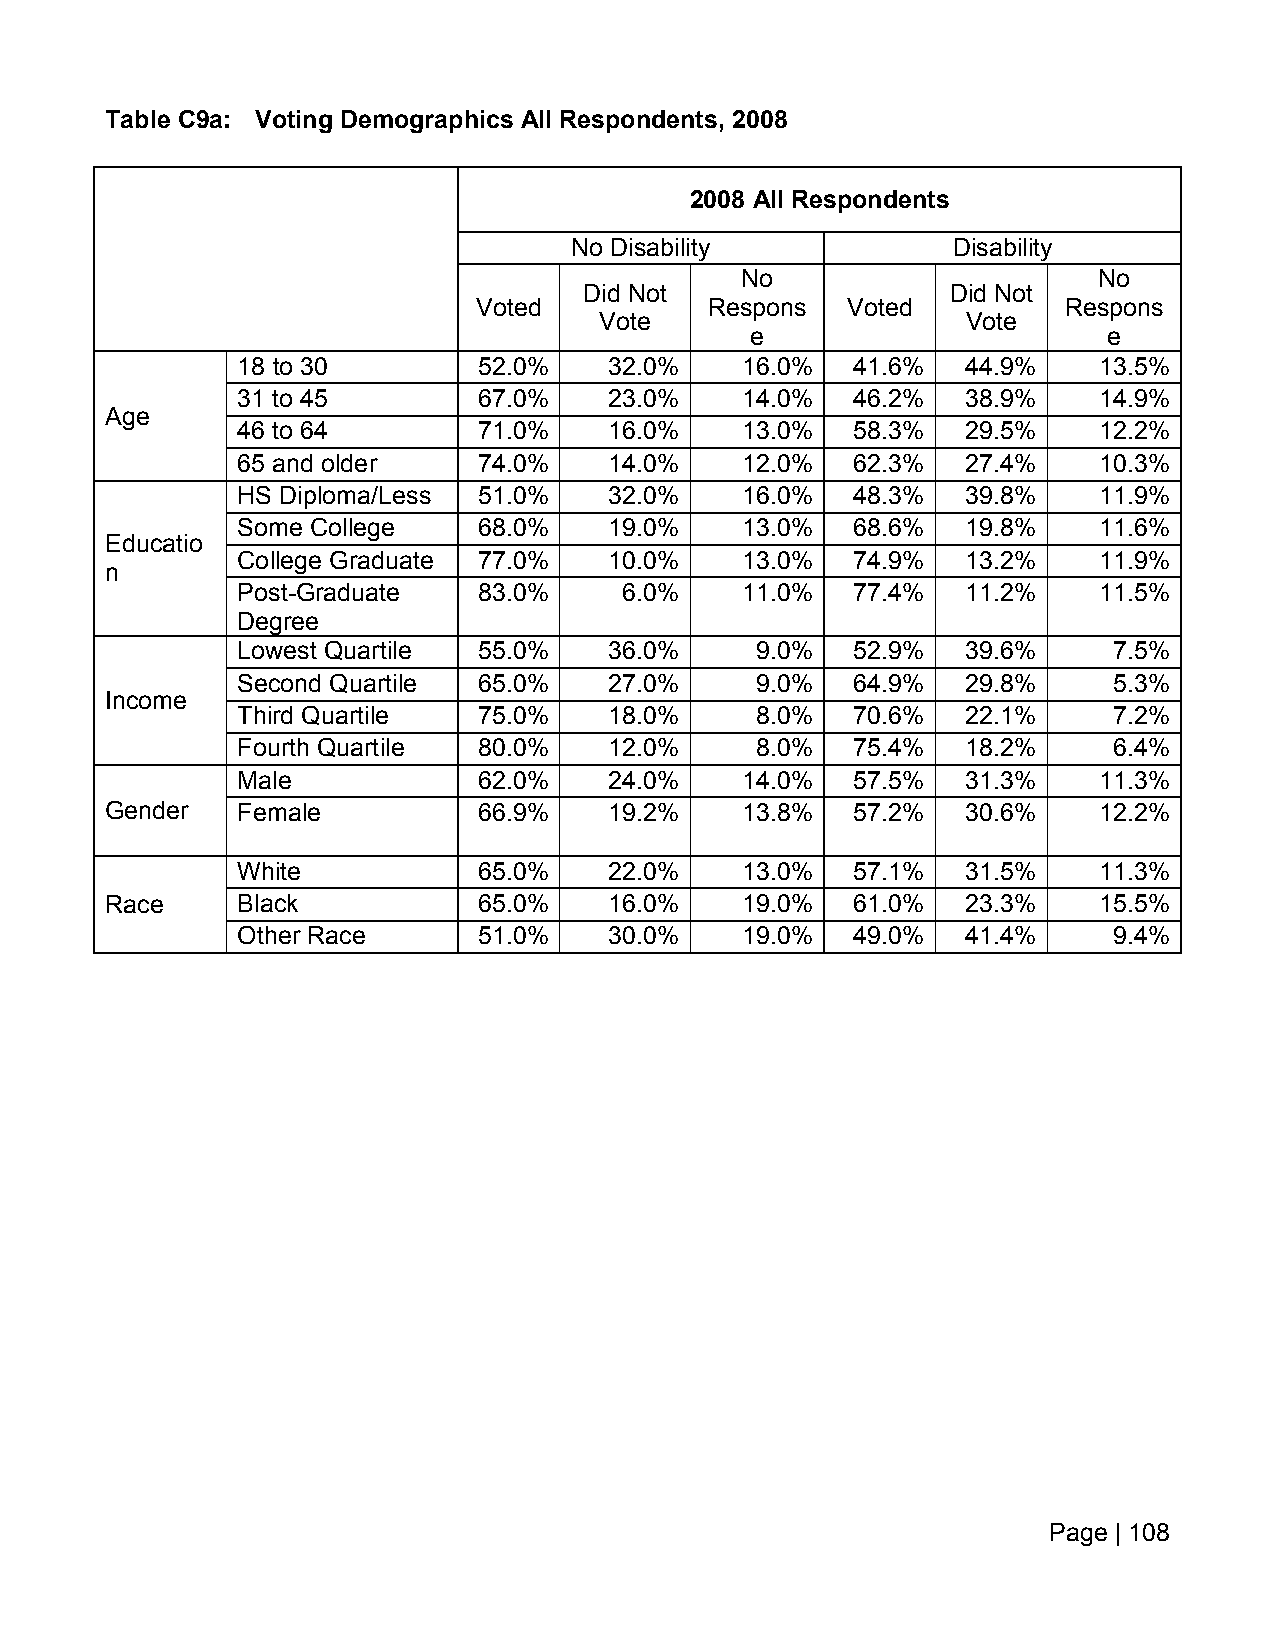
Table C9a: Voting Demographics All Respondents, 2008
 2008 All Respondents
 No Disability            Disability
 No                      No
 Did Not                 Did Not
 Voted          Respons  Voted         Respons
 Vote                    Vote
 e                      e
 18 to 30        52.0%   32.0%    16.0%   41.6%  44.9%    13.5%
 31 to 45        67.0%   23.0%    14.0%   46.2%  38.9%    14.9%
 Age
 46 to 64        71.0%   16.0%    13.0%   58.3%  29.5%    12.2%
 65 and older    74.0%   14.0%    12.0%   62.3%  27.4%    10.3%
 HS Diploma/Less 51.0%   32.0%    16.0%   48.3%  39.8%    11.9%
 Some College    68.0%   19.0%    13.0%   68.6%  19.8%    11.6%
 Educatio
 College Graduate 77.0%  10.0%    13.0%   74.9%  13.2%    11.9%
 n
 Post-Graduate   83.0%    6.0%    11.0%   77.4%  11.2%    11.5%
 Degree
 Lowest Quartile 55.0%   36.0%     9.0%   52.9%  39.6%     7.5%
 Second Quartile 65.0%   27.0%     9.0%   64.9%  29.8%     5.3%
 Income
 Third Quartile  75.0%   18.0%     8.0%   70.6%  22.1%     7.2%
 Fourth Quartile 80.0%   12.0%     8.0%   75.4%  18.2%     6.4%
 Male            62.0%   24.0%    14.0%   57.5%  31.3%    11.3%
 Gender   Female          66.9%   19.2%    13.8%   57.2%  30.6%    12.2%
 White           65.0%   22.0%    13.0%   57.1%  31.5%    11.3%
 Race     Black           65.0%   16.0%    19.0%   61.0%  23.3%    15.5%
 Other Race      51.0%   30.0%    19.0%   49.0%  41.4%     9.4%
 Page | 108